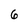
Character: 6